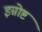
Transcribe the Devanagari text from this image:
इग्नोष्ट